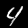
Digit: 4